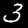
Label: 3